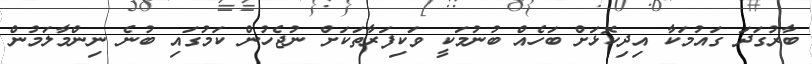
ބާރުގަދަ ގައުމަކާ އިދިކޮޅަށް ބަހެއް ބުނުމަކީ ވަކިފަރާތަކަށް ނުޖެހުން ކަމުގައި ބުނެ ނިންމާލަމުން